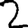
Digit: 2